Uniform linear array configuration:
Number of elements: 8
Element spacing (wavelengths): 0.5
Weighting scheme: hamming
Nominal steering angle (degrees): -60
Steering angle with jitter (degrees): -59.579
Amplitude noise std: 0.05
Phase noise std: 0.05

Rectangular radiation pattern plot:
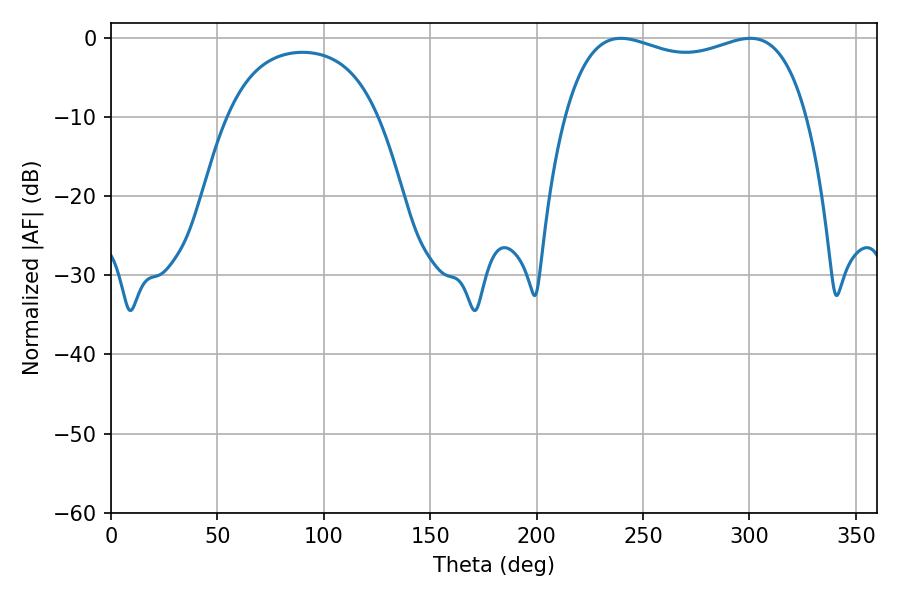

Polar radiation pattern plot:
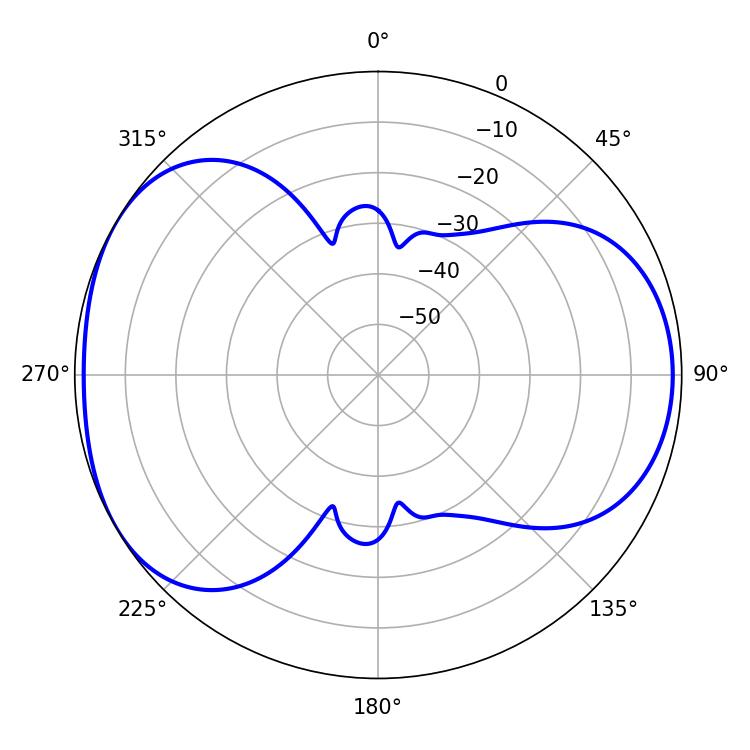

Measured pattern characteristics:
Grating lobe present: FALSE
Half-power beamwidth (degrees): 93.24
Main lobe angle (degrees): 239.58